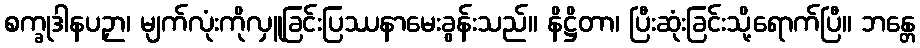
စက္ခုဒါနပဉှာ၊ မျက်လုံးကိုလှူခြင်းပြဿနာမေးခွန်းသည်။ နိဋ္ဌိတာ၊ ပြီးဆုံးခြင်းသို့ရောက်ပြီ။ ဘန္တေ